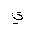
Letter: _ya